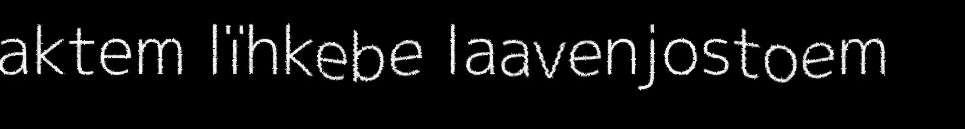
aktem lïhkebe laavenjostoem